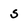
Character: s